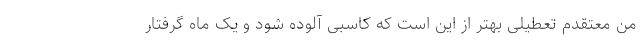
من معتقدم تعطیلی بهتر از این است که کاسبی آلوده شود و یک ماه گرفتار